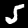
Label: 5